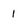
Character: i